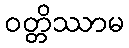
ဝတ္တိဿာမ